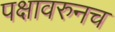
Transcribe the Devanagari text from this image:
पक्षावरुनच